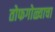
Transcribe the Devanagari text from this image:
तोफगोळ्याचा